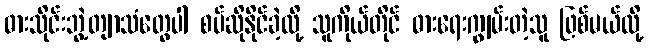
ဓားသိုင်းဘွဲ့တျာသံတွေပါ စပ်ဆိုနိုင်ခဲ့လို့ သူကိုယ်တိုင် ဓားရေးကျွမ်းတဲ့သူ ဖြစ်မယ်လို့